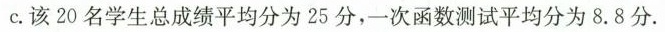
C.该20名学生总成绩平均分为25分，一次函数测试平均分为8.8分.